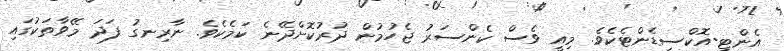
އެންޓި-އޮކްސިޑެންޓެކެވެ. މިއީ ވެސް ކެންސަރު ޖެހުމުން ދުރުކޮށްދޭނެ ކަމެކެވެ. ނާރިނގު ފަދަ މޭވާތަކުގައި